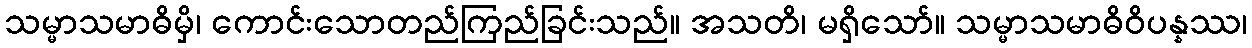
သမ္မာသမာဓိမှိ၊ ကောင်းသောတည်ကြည်ခြင်းသည်။ အသတိ၊ မရှိသော်။ သမ္မာသမာဓိဝိပန္နဿ၊